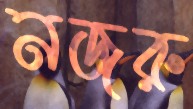
নজরু